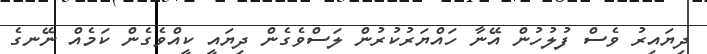
ދިޔައިރު ވެސް ފުލުހުން އޭނާ ހައްޔަރުކުރުން ލަސްވެގެން ދިޔައީ ކީއްވެގެން ކަމެއް ނޭނގެ